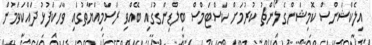
އިލެކްޝަންސް ކޮމިޝަންގެ ލޯންޗު ކުރުމަށް ކަސްޓަމްސް ބިލްޑިންގުގައި ބޭއްވި ރަސްމިއްޔާތުގައި ވާހަކަފުޅު ދައްކަވަމުން